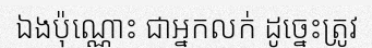
ឯងប៉ុណ្ណោះ ជាអ្នកលក់ ដូច្នេះត្រូវ